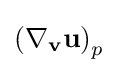
\left(\nabla _{\mathbf {v} }\mathbf {u} \right)_{p}